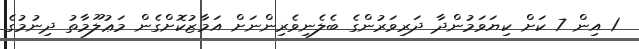
1 އިން 7 ކަށް ކިޔަވަމުންދާ ދަރިވަރުންގެ ބެލެނިވެރިންނަށް އަމާޒުކޮށްގެން މަޢުލޫމާތު ދިނުމުގެ